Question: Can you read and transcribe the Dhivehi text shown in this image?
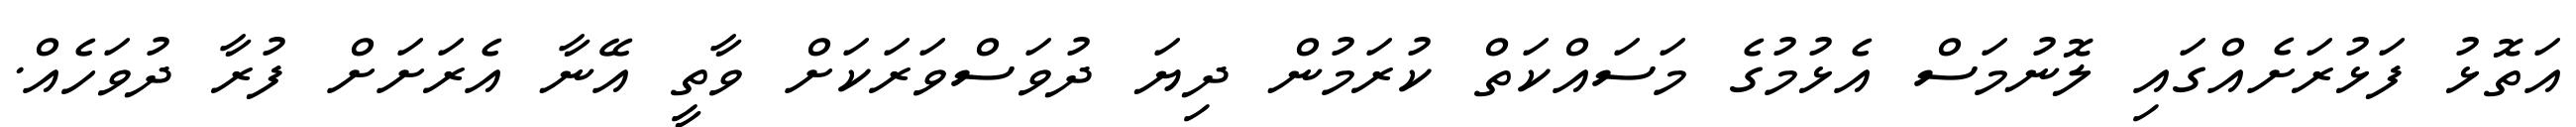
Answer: އަތޮޅު ފަޅުރަށެއްގައި ލޮނުމަސް އެޅުމުގެ މަސައްކަތް ކުރަމުން ދިޔަ ދުވަސްވަރަކަށް ވާތީ އޭނާ އެރަށަށް ފުރާ ދުވަހެއް.